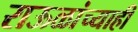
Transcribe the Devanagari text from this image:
राऊळांच्याही